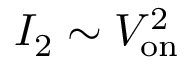
I _ { 2 } \sim V _ { \mathrm { o n } } ^ { 2 }